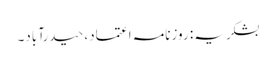
بشکریہ: روزنامہ اعتماد، حیدرآباد۔